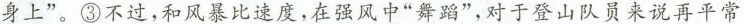
身上”。③不过，和风暴比速度，在强风中”舞蹈”，对于登山队员来说再平常